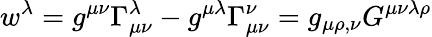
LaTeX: w^{\lambda}=g^{\mu\nu}\Gamma_{\mu\nu}^{\lambda}-g^{\mu\lambda}\Gamma_{\mu\nu}^{\nu}=g_{\mu\rho,\nu}G^{\mu\nu\lambda\rho}